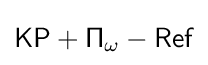
{\mathsf {KP+\Pi }}_{\omega }-{\mathsf {Ref}}